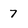
Character: 7